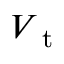
V _ { \mathrm { ~ t ~ } }